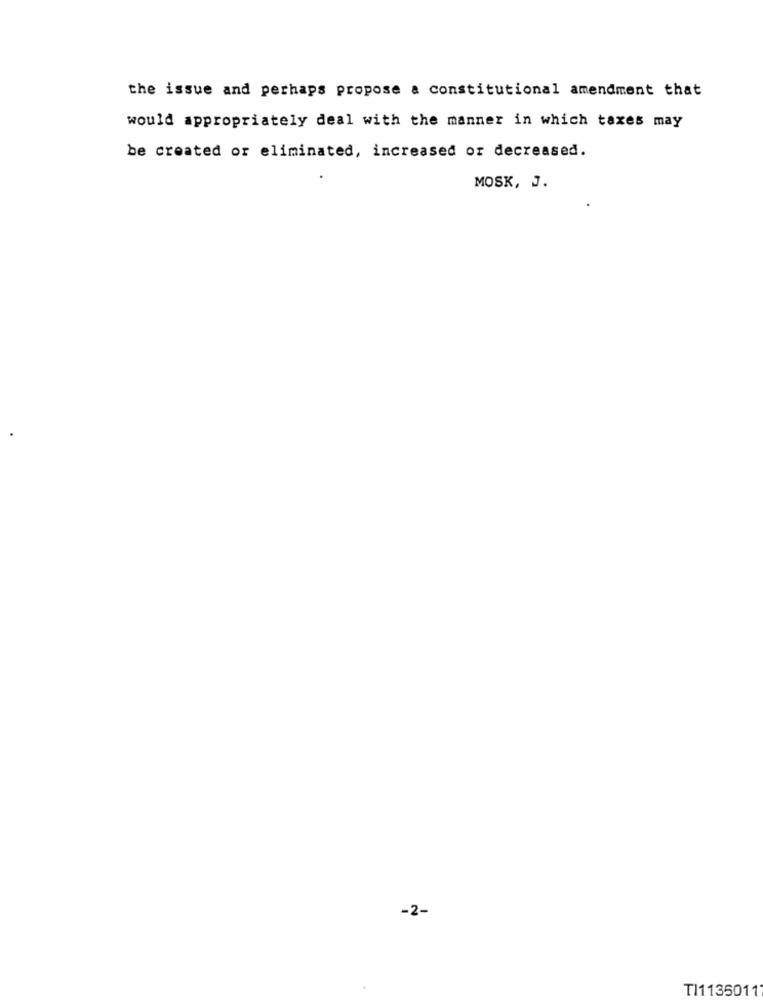
the issue and perhaps propose a constitutional amendment that
would appropriately deal with the manner in which taxes may
be created or eliminated, increased or decreased.
MOSK, J.
-2-
TI1135011